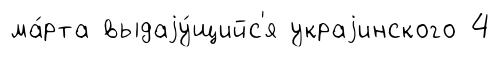
ма́рта выдаjу́щийс'я украjинского 4